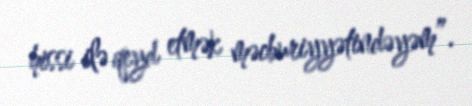
hissi ilə qeyd etmək məcburiyyətindəyəm”.